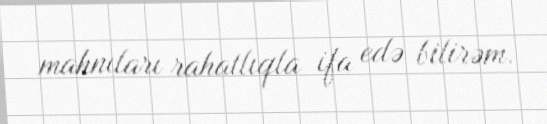
mahnıları rahatlıqla ifa edə bilirəm.